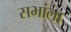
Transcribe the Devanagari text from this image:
सभांला